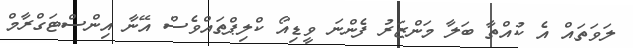
ލަވަތައް އެ ކުއްތާ ބަލާ މަންޒަރު ފެންނަ ވީޑިއޯ ކްލިޕްތައްވެސް އޭނާ އިންސްޓަގްރާމް